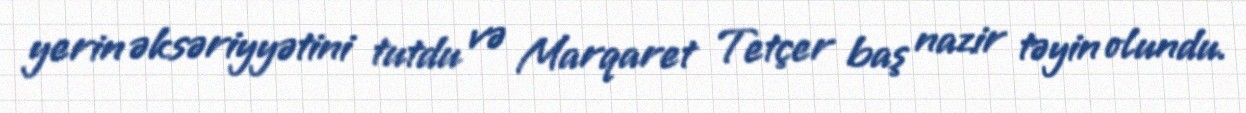
yerin əksəriyyətini tutdu və Marqaret Tetçer baş nazir təyin olundu.